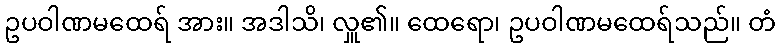
ဥပဝါဏမထေရ် အား။ အဒါသိ၊ လှူ၏။ ထေရော၊ ဥပဝါဏမထေရ်သည်။ တံ